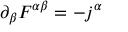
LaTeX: \partial _ { \beta } F ^ { \alpha \beta } = - j ^ { \alpha }